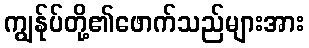
ကျွန်ုပ်တို့၏ဖောက်သည်များအား